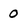
Character: O